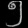
Digit: ၅